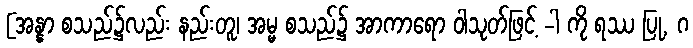
[အန္နာ စသည်၌လည်း နည်းတူ၊ အမ္မ စသည်၌ အာကာရော ဝါသုတ်ဖြင့် -ါ ကို ရဿ ပြု, ဂ